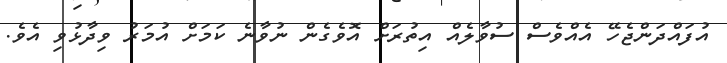
އުފައްދަންޖެހޭ އެއްވެސް ސުވާލެއް އިތުރަށް އޮވެގެން ނުވާނެ ކަމަށް އުމަރު ވިދާޅުވި އެވެ.